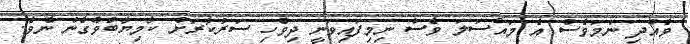
ވެއްދި ނަމަވެސް އެ މައްސަލަ ވެސް ނިމިފައިވަނީ ދިވެހި ސަރުކާރަށް ކާމިޔާބުވެގެން ނެވެ.